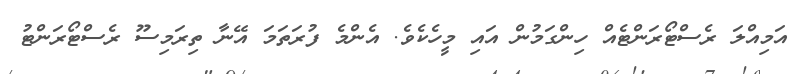
އަމިއްލަ ރެސްޓޯރަންޓެއް ހިންގަމުން އައި މީހެކެވެ. އެންމެ ފުރަތަމަ އޭނާ ތިރަމިސޫ ރެސްޓޯރަންޓު